Indian journal of veterinary science and animal husbandry - Volumes 18-21, 1948-1951
Year: 1948
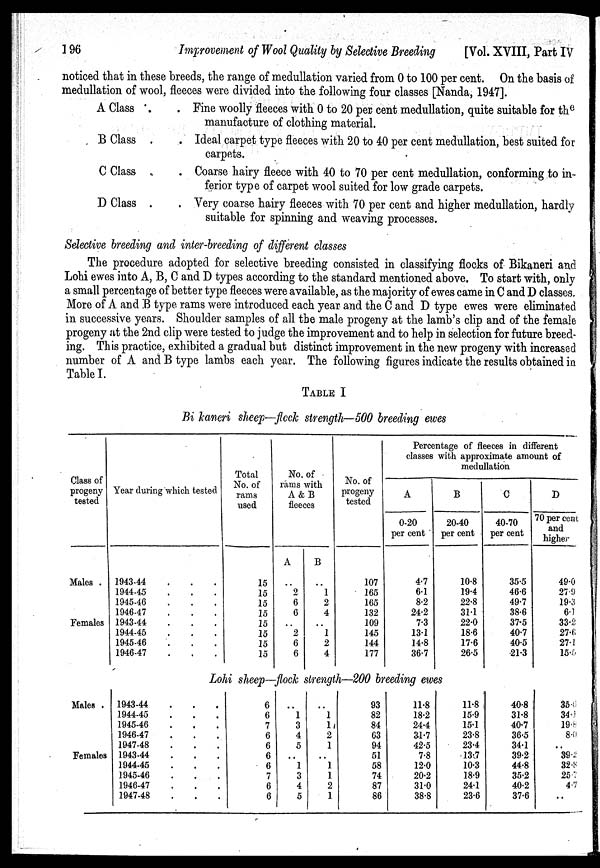
196
Improvement of Wool Quality by Selective Breeding
[Vol. XVIII, Part IV
noticed that in these breeds, the range of medullation varied from 0 to 100 per cent. On the basis of
medullation of wool, fleeces were divided into the following four classes [Nanda, 19471.
A Class . .
B Class . .
C Class . .
D Class . .
Fine woolly fleeces with 0 to 20 per cent medullation, quite suitable for the
manufacture of clothing material.
Ideal carpet type fleeces with 20 to 40 per cent medullation, best suited for
carpets.
Coarse hairy fleece with 40 to 70 per cent medullation, conforming to in-
ferior type of carpet wool suited for low grade carpets.
Very coarse hairy fleeces with 70 per cent and higher medullation, hardly
suitable for spinning and weaving processes.
Selective breeding and inter-breeding of different classes
The procedure adopted for selective breeding consisted in classifying flocks of Bikaneri and
Lohi ewes into A, B, C and D types according to the standard mentioned above. To start with, only
a small percentage of better type fleeces were available, as the majority of ewes came in C and D classes.
More of A and B type rams were introduced each year and the C and D type ewes were eliminated
in successive years. Shoulder samples of all the male progeny at the lamb's clip and of the female
progeny at the 2nd clip were tested to judge the improvement and to help in selection for future breed-
ing. This practice, exhibited a gradual but distinct improvement in the new progeny with increased
number of A and B type lambs each year. The following figures indicate the results obtained in
Table I.
TABLE I
Bi kaneri sheep—fleck strength—500 breeding ewes
Class of
progeny
tested
Males .
Females
Year during which tested
1943-44 . . .
1944-45 . . .
1945-46 . . .
1946-47 . . .
1943-44 . . .
1944-45 . . .
1945-46 . . .
1946-47 . . .
Total
No. of
rams
used
15
15
15
15
15
15
15
15
No.of
rams with
A & B
fleeces
A
..
2
6
6
..
2
6
6
B
..
1
2
4
..
1
2
4
No. of
progeny
tested
107
165
165
132
109
145
144
177
Percentage of fleeces in different
classes with approximate amount of
medullation
A
0-20
per cent
4.7
6.1
8.2
24.2
7.3
131
14.8
36.7
B
20-40
per cent
10.8
19.4
22.8
31.1
22.0
18.6
17.6
26.5
C
40-70
per cent
35.5
46.6
49.7
38.6
37.5
40.7
40.5
21.3
D
70 per cent
and
higher
49.0
27.9
19.3
6.1
33.2
27.6
27.1
15.6
Lohi sheep—flock strength—200 breeding ewes
Males .
Females
1943-44 . . .
1944-45 . . .
1945-46 . . .
1946-47 . . .
1947-48 . . .
1943-44 . . .
1944-45 . . .
1945-46 . . .
1946-47 . . .
1947-48 . . .
6
6
7
6
6
6
6
7
6
6
..
1
3
4
5
..
1
3
4
5
..
1
1
2
1
..
1
1
2
1
93
82
84
63
94
51
58
74
87
86
11.8
18.2
24.4
31.7
42.5
7.8
12.0
20.2
31.0
38.8
11.8
15.9
15.1
23.8
23.4
13.7
10.3
18.9
24.1
23.6
40.8
31.8
40.7
36.5
34.1
39.2
44.8
35.2
40.2
37.6
35.6
34.
19.
8.0
..
39.2
32.5
25.
4.7
..